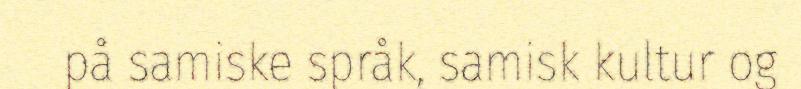
på samiske språk, samisk kultur og